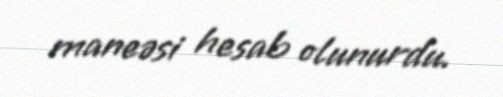
maneəsi hesab olunurdu.